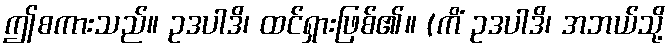
ဤစကားသည်။ ဥဒပါဒိ၊ ထင်ရှားဖြစ်၏။ (ကိံ ဥဒပါဒိ၊ အဘယ်သို့